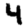
Digit: 4